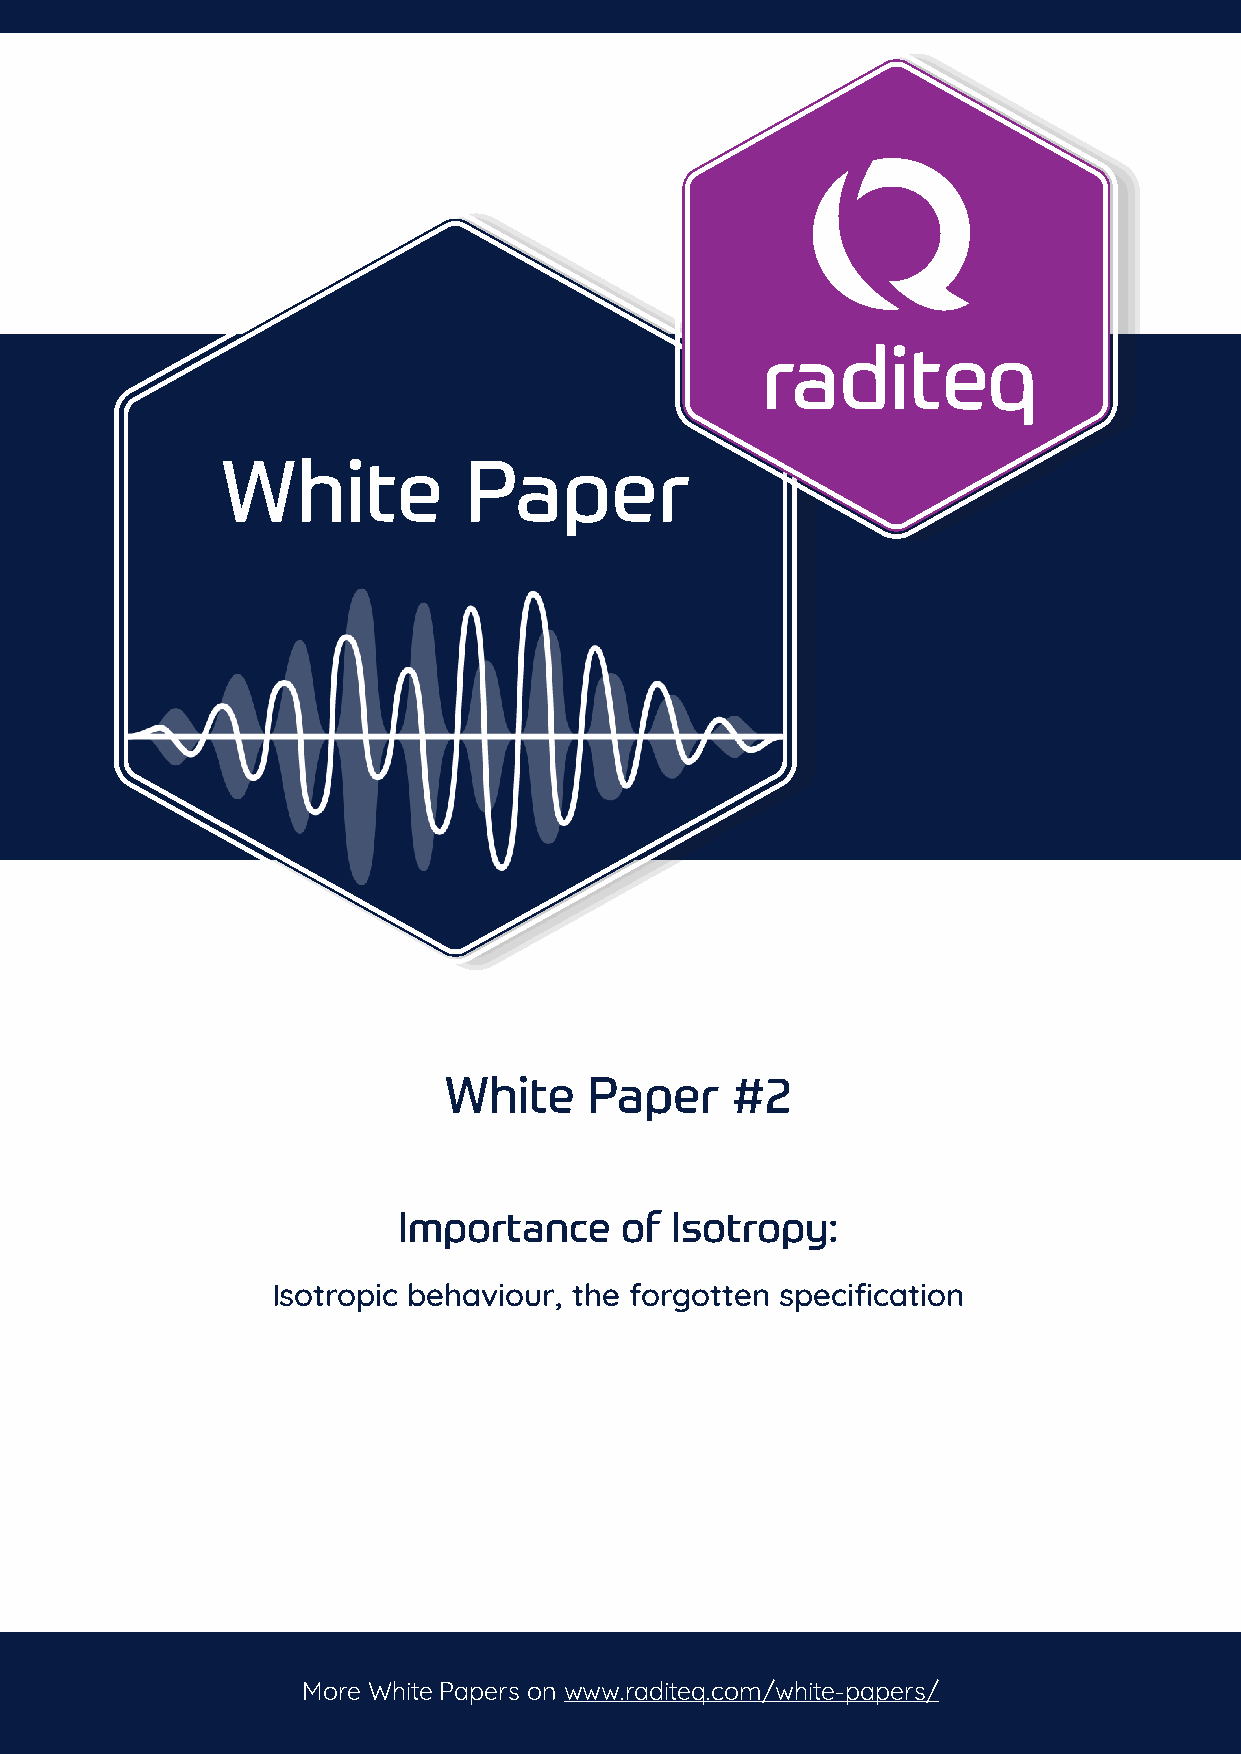
White           Paper
 White     Paper    #2
 Importance     of Isotropy:
 Isotropic behaviour, the forgotten specification
 More White Papers on www.raditeq.com/white-papers/